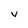
Character: V